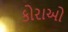
કોરાઓ